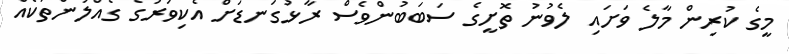
މީގެ ކުރިން މާލެ ވަށައި ލެވުނު ތޮށީގެ ސަބަބުންވެސް ރާޅުގަނޑަށް އެކިވަރުގެ ގެއްލުންތަކެއް